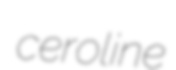
ceroline